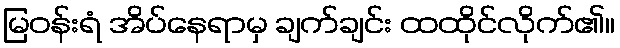
မြဝန်းရံ အိပ်နေရာမှ ချက်ချင်း ထထိုင်လိုက်၏။